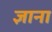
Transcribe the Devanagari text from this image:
ज्ञाना